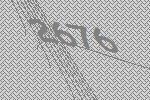
2676